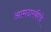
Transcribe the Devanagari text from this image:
आमदारकीचे